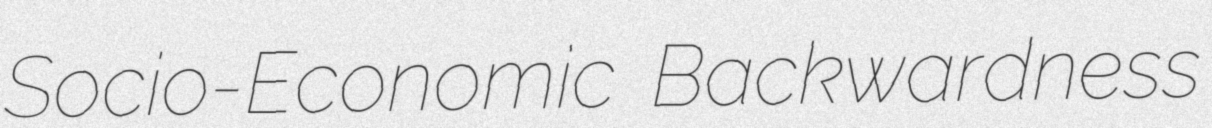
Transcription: Socio-Economic Backwardness